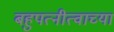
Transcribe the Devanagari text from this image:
बहुपत्नीत्वाच्या